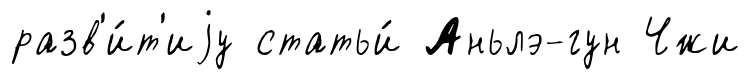
разв'и́т'иjу статьи́ Аньлэ-гун Чжи